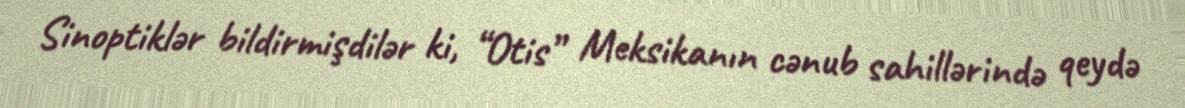
Sinoptiklər bildirmişdilər ki, “Otis” Meksikanın cənub sahillərində qeydə